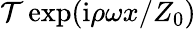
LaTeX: \mathcal{T}\exp(\mathrm{i}\rho\omega x/Z_{0})